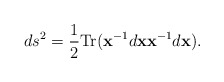
\begin{align*}ds^2 = {1\over2}{\rm Tr}({\bf x}^{-1} d{\bf x} {\bf x}^{-1} d{\bf x}).\end{align*}